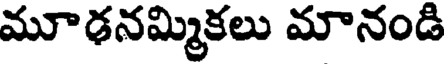
మూఢనమ్మికలు మానండి